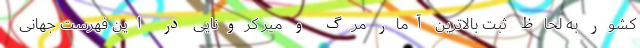
کشور به لحاظ ثبت بالاترین آمار مرگ و میر کرونایی در این فهرست جهانی